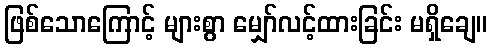
ဖြစ်သောကြောင့် များစွာ မျှော်လင့်ထားခြင်း မရှိချေ။